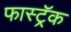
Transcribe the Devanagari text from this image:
फास्ट्रॅक